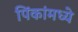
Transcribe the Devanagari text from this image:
पिंकांमध्ये